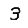
Digit: 3